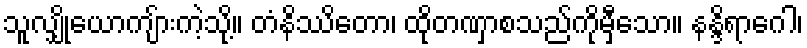
သူလျှိုယောကျ်ားကဲ့သို့။ တံနိဿိတော၊ ထိုတဏှာစသည်ကိုမှီသော။ နန္ဒိရာဂေါ၊